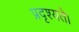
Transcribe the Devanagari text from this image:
प्रदृश्यते।